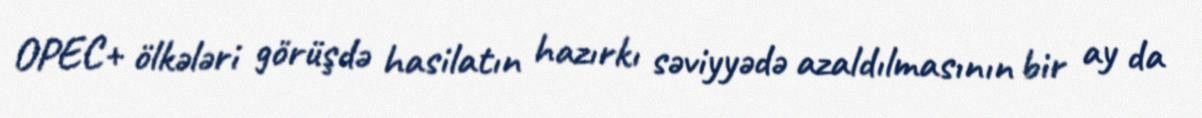
OPEC+ ölkələri görüşdə hasilatın hazırkı səviyyədə azaldılmasının bir ay da